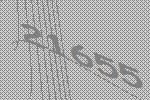
21655